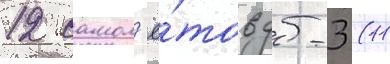
12 самол'ё́тов дб-3 (11